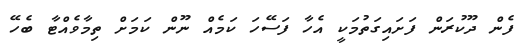
ފެން ދޫކުރަން ފަށައިގަތުމަކީ އެހާ ފަސޭހަ ކަމެއް ނޫން ކަމަށް ތިމާވެއްޓާ ބެހޭ